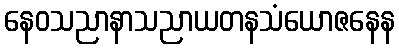
နေဝသညာနာသညာယတနသံယောဇနေန